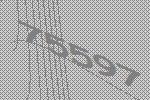
75597